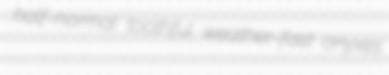
half-normal toothful weather-fast onyxes